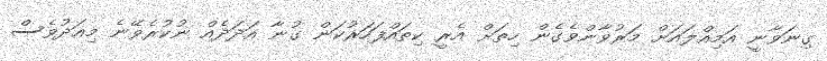
ގިނަވާނީ އަމިއްލައަށް މަރުވާންވެގެން ހިތަށް އެރީ ކިތައްފަހަރުކަން ގުނާ އަދަދެއް ނުކުރެވޭނެ މިއަދުވެސް